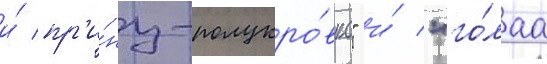
и́ пр'и́нц-полукро́вка" и́ "го́лаа